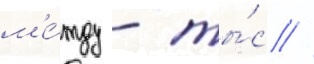
м'е́жду - ты́с //